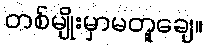
တစ်မျိုးမှာမတူချေ။